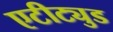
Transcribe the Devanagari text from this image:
एटीट्युड